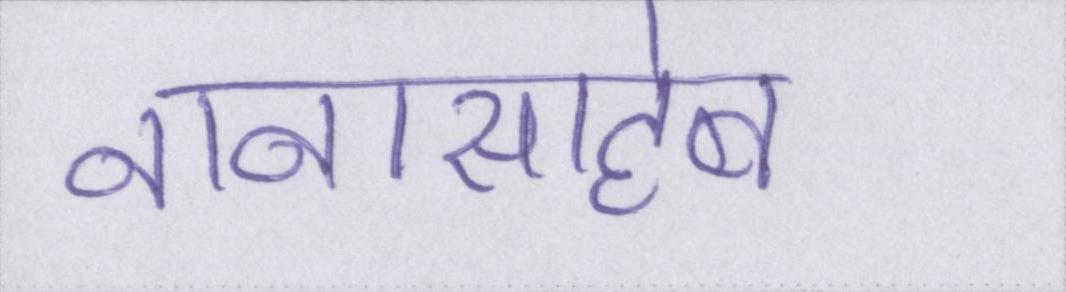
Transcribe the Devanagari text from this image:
नानासाहेब